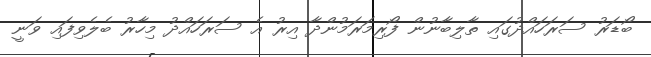
ބޯޑަރު ސަރަހައްދުގައި ތާލިބާނުން ފޯރިމަރަމުންދާ އިރު އެ ސަރަހައްދު މިހާރު ބެލެވިފައި ވަނީ